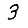
Digit: 3